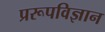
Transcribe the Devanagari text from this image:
प्ररूपविज्ञान